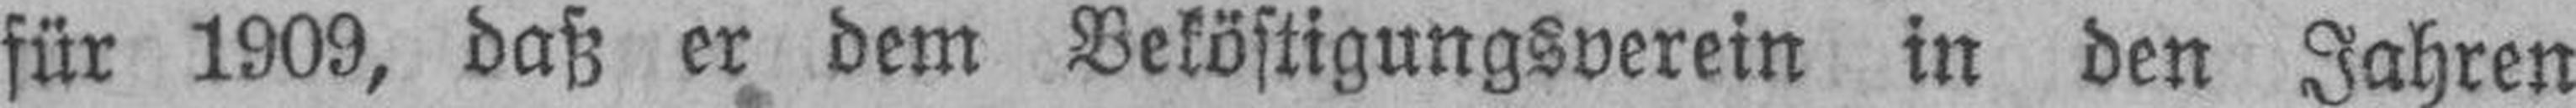
für 1909, daß er dem Beköstigungsverein in den Jahren